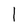
Character: 1